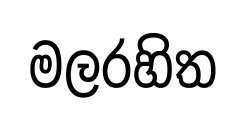
මලරහිත